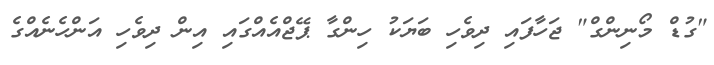
"ގުޑް މޯނިންގް" ޖަހާފައި ދިވެހި ބަޔަކު ހިންގާ ޕޭޖްއެއްގައި އިން ދިވެހި އަންހެނެއްގެ